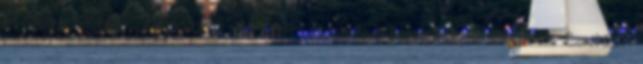
megegyezzenek egymással. A 2007-es Office rendszer, a Business Contact